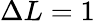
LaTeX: \Delta L=1